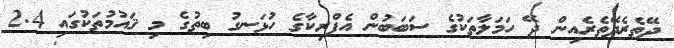
ދޭތެރެދޭތެރެއިން ދޭ ހަމަލާތަކުގެ ސަބަބުން އެފްރިކާގެ ހުޅަނގު ބިތުގެ މި ޤައުމުތަކުގައި 2.4